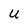
Character: U